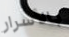
بالأسرار